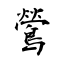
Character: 鶯